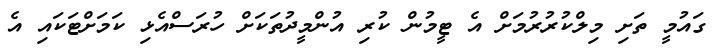
ގައުމީ ތަށި މިލްކުރުރުމަށް އެ ޓީމުން ކުރި އުންމީދުތަކަށް ހުރަސްއެޅި ކަމަށްޓަކައި އެ